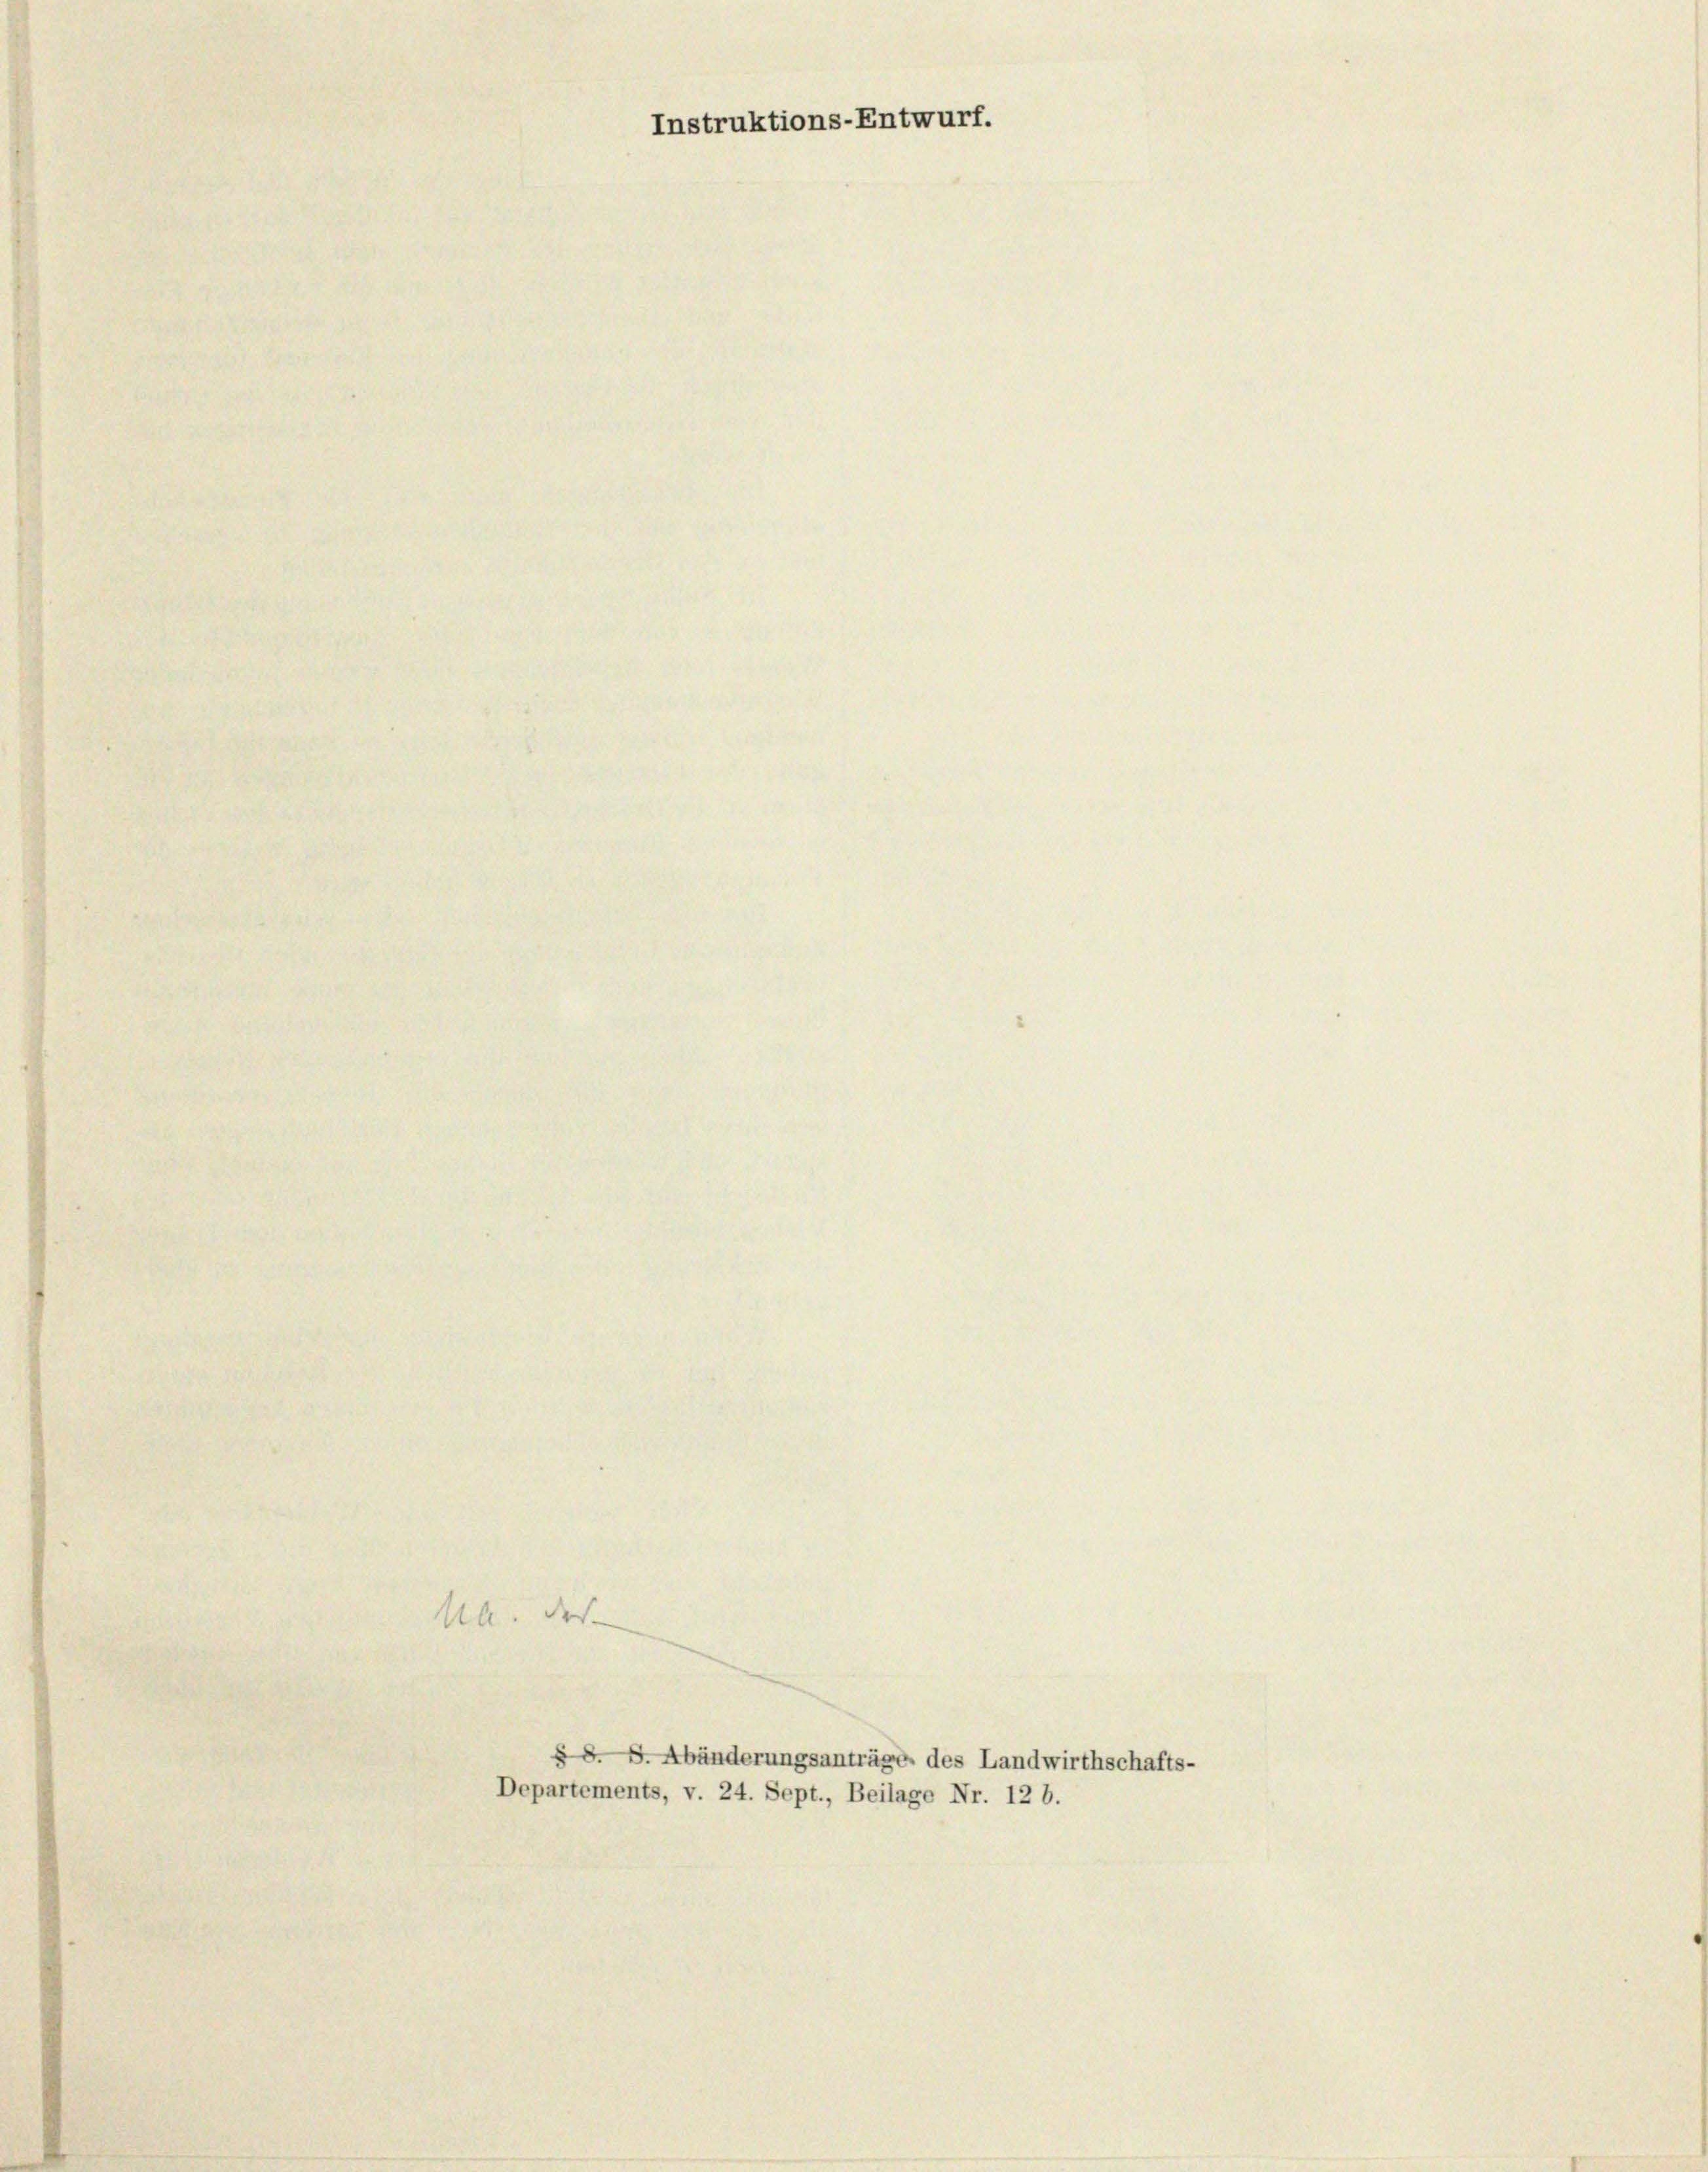
M. das

Departements, v. 24. Sept., Beilage Nr. 12 b.

Instruktions-Entwurf.

§ 8. S. Abänderungsanträge des Landwirthschafts-